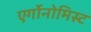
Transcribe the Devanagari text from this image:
एर्गोनोमिस्ट